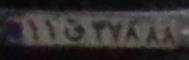
۱۱ق۳۷۸۸۸